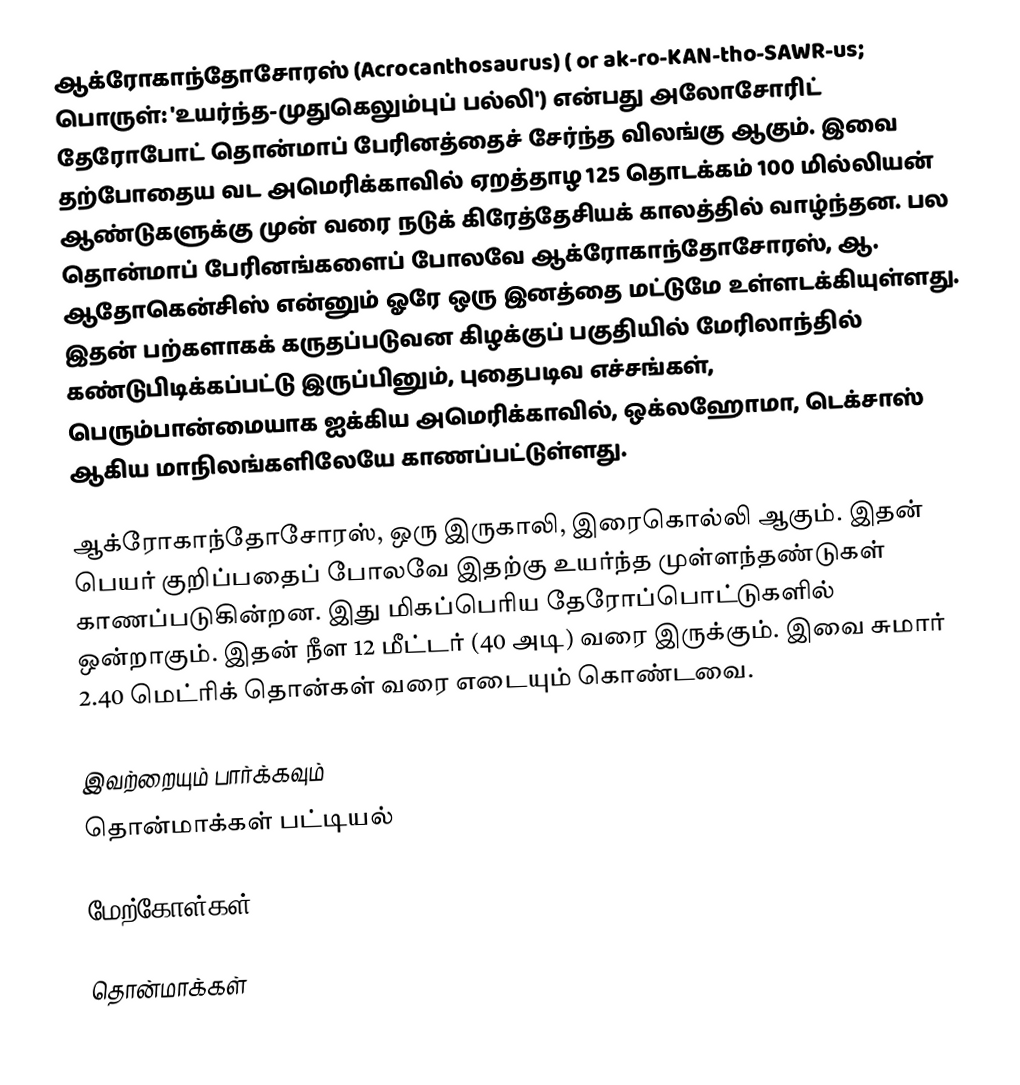
ஆக்ரோகாந்தோசோரஸ் (Acrocanthosaurus) ( or ak-ro-KAN-tho-SAWR-us; பொருள்: 'உயர்ந்த-முதுகெலும்புப் பல்லி') என்பது அலோசோரிட் தேரோபோட் தொன்மாப் பேரினத்தைச் சேர்ந்த விலங்கு ஆகும். இவை தற்போதைய வட அமெரிக்காவில் ஏறத்தாழ 125 தொடக்கம் 100 மில்லியன் ஆண்டுகளுக்கு முன் வரை நடுக் கிரேத்தேசியக் காலத்தில் வாழ்ந்தன. பல தொன்மாப் பேரினங்களைப் போலவே ஆக்ரோகாந்தோசோரஸ், ஆ. ஆதோகென்சிஸ் என்னும் ஓரே ஒரு இனத்தை மட்டுமே உள்ளடக்கியுள்ளது. இதன் பற்களாகக் கருதப்படுவன கிழக்குப் பகுதியில் மேரிலாந்தில் கண்டுபிடிக்கப்பட்டு இருப்பினும், புதைபடிவ எச்சங்கள், பெரும்பான்மையாக ஐக்கிய அமெரிக்காவில், ஒக்லஹோமா, டெக்சாஸ் ஆகிய மாநிலங்களிலேயே காணப்பட்டுள்ளது.

ஆக்ரோகாந்தோசோரஸ், ஒரு இருகாலி, இரைகொல்லி ஆகும். இதன் பெயர் குறிப்பதைப் போலவே இதற்கு உயர்ந்த முள்ளந்தண்டுகள் காணப்படுகின்றன. இது மிகப்பெரிய தேரோப்பொட்டுகளில் ஒன்றாகும். இதன் நீள 12 மீட்டர் (40 அடி) வரை இருக்கும். இவை சுமார் 2.40 மெட்ரிக் தொன்கள் வரை எடையும் கொண்டவை.

இவற்றையும் பார்க்கவும்
 தொன்மாக்கள் பட்டியல்

மேற்கோள்கள்

தொன்மாக்கள்